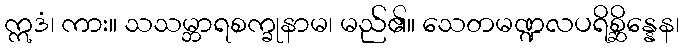
ဣဒံ၊ ကား။ သသမ္ဘာရစက္ခုနာမ၊ မည်၏။ သေတမဏ္ဍလပရိစ္ဆိန္နေန၊